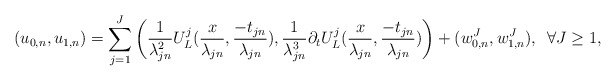
\begin{align*}(u_{0,n},u_{1,n})=\sum_{j=1}^J\left(\frac{1}{\lambda_{jn}^2}U_L^j(\frac{x}{\lambda_{jn}},\frac{-t_{jn}}{\lambda_{jn}}),\frac{1}{\lambda_{jn}^3}\partial_tU_L^j(\frac{x}{\lambda_{jn}},\frac{-t_{jn}}{\lambda_{jn}})\right)+(w^J_{0,n},w^J_{1,n}),\,\,\,\forall J\ge 1,\end{align*}